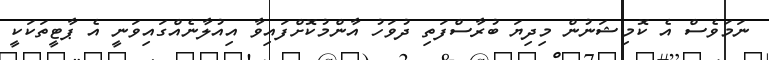
ނަމަވެސް އެ ކޮމިޝަނުން މިދިޔަ ބުރާސްފަތި ދުވަހު އާންމުކޮށްފައިވާ އިއުލާނެއްގައިވަނީ އެ ޕާޓީތަކަކީ